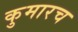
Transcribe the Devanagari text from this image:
कुमारच